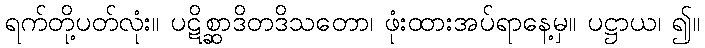
ရက်တို့ပတ်လုံး။ ပဋိစ္ဆာဒိတဒိသတော၊ ဖုံးထားအပ်ရာနေ့မှ။ ပဋ္ဌာယ၊ ၍။